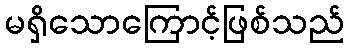
မရှိသောကြောင့်ဖြစ်သည်